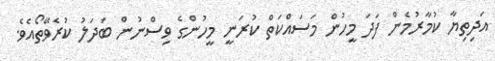
އަދިތިޔާ ކުމާރުމެން ފަދަ މީހުން މަސައްކަތް ކުރަނީ މީހުންގެ ވިސްނުން ބަދަލު ކުރެވޭތޯއެވެ.